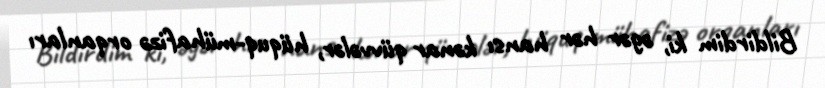
Bildirdim ki, əgər hər hansı kənar qüvvələr, hüquq-mühafizə orqanları